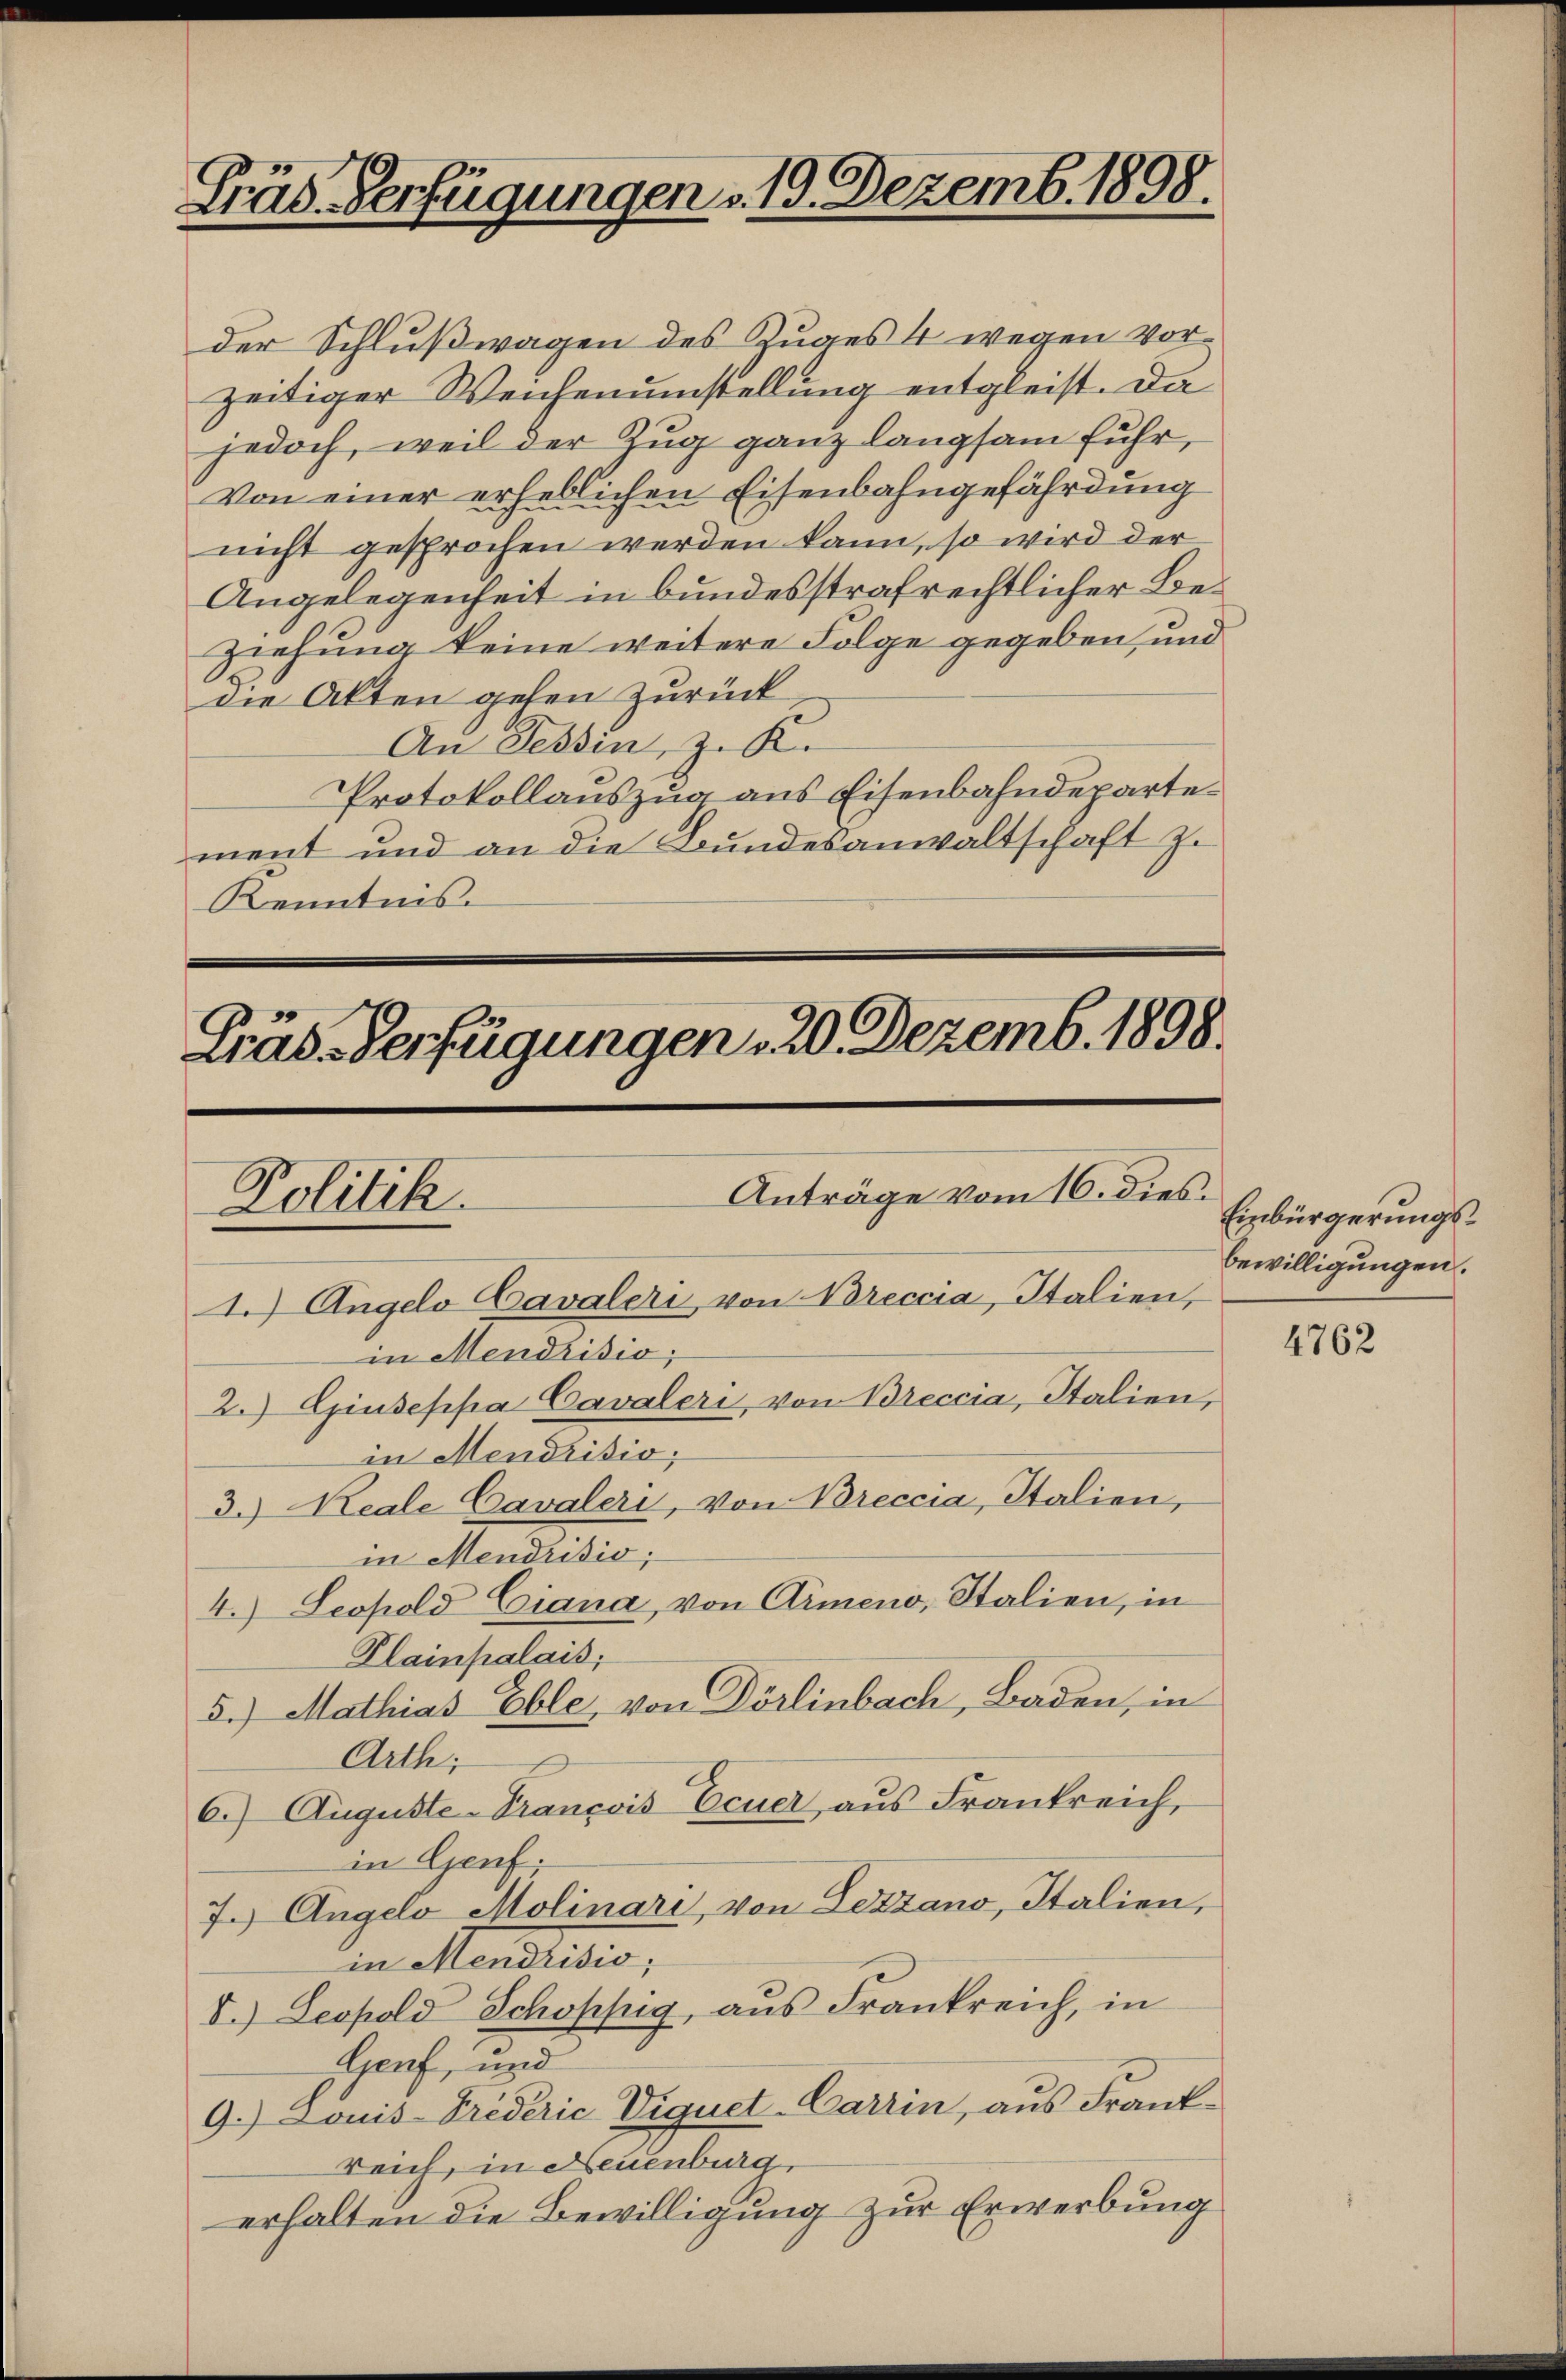
Präs. Verfügungen . 19. Dezemb. 1898.

der Schlußwagen des Zuges 4 wegen vor
zeitiger Weichenumstellung entgleist. Da
jedoch, weil der Zug ganz langsam fuhr,
Von einer erheblichen Eisenbahngefährdung
nicht gesprochen werden kann, so wird der
Angelegenheit in bundesstrafrechtlicher Be¬
Ziehung keine weitere Folge gegeben, und
die Akten gehen zurück,
An Tessin, z. K.
Protokollauszug aus Eisenbahndepartement und an die Bundesanwaltschaft z.
Kenntnis.

Fräs-Verfügungen, 20. Dezemb. 1898.
Anträge vom 16. dies
Politik.

1.) Angelo Cavaleri, von Breccia, Italien,
in Mendrisio;
2.) Giuseppa Cavaleri, von Breccia, Italien,
in Menarisio
3.) Reale Cavaleri, von Breccia, Italien,
in Mendrisio;
4.) Leopold Ciana, von Armeno, Italien, in
Plainpalais;
5.) Mathias Eble, von Dörlinbach, Baden, in
Arth;
6.) Auguste-François Ecuer, aus Frankreich,
in Genf
7.) Angelo Molinari, von Lezzano, Italien,
in Mendtisco,
V. Leopold Schoppig, aus Frankreich, in
Hanf, und
9.) Louis Triderić Viquet-Carrin, aus Frankreich, in Neuenburg,
erhalten die Bewilligung zur Erwerbung

Einbürgerungsbewilligungen.

4762